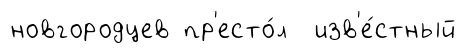
новгородцев пр'есто́л изв'е́стный